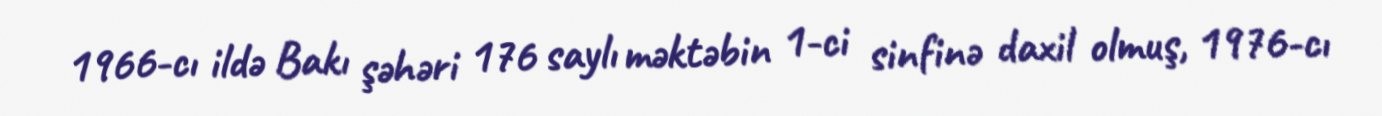
1966-cı ildə Bakı şəhəri 176 saylı məktəbin 1-ci sinfinə daxil olmuş, 1976-cı